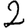
Digit: 2